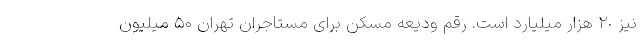
نیز ٢٠ هزار میلیارد است. رقم ودیعه مسکن برای مستاجران تهران ۵۰ میلیون